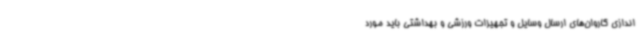
اندازی کاروان‌های ارسال وسایل و تجهیزات ورزشی و بهداشتی باید مورد